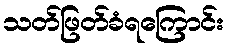
သတ်ဖြတ်ခံရကြောင်း